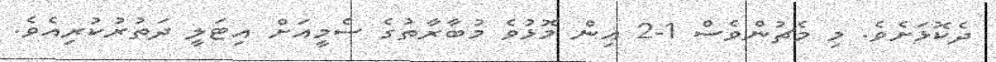
ދެކޮޅަށެވެ. މި މެޗުންވެސް 1-2 އިން މޮޅުވެ މުބާރާތުގެ ސެމީއަށް އިޓަލީ ދަތުރުކުރިއެވެ.